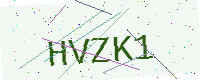
Text: HVZK1